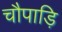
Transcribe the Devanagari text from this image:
चौपाड़ि